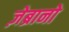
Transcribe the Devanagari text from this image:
ज़ेब्रानो